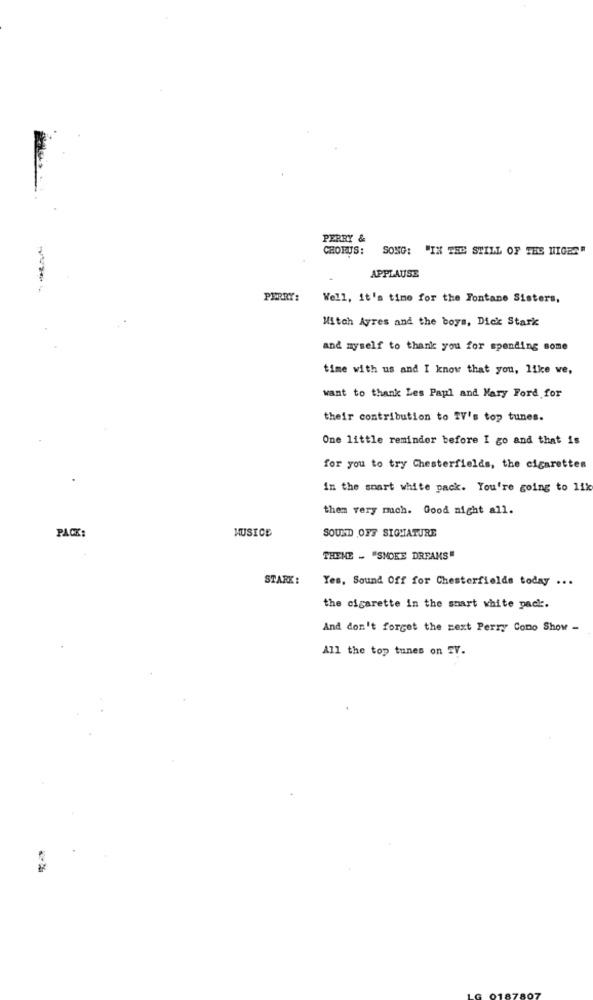
PERRY &
CHORUS: SONG: "IN THE STILL OF THE HIGES"
APPLAUSE
---
PERRY:
Well, it's time for the Fontane Sisters,
Mitch Ayres and the boys, Dick Stark
and myself to thank you for spending some
time with us and I know that you, like we,
want to thank Les Paul and Mary Ford for
their contribution to IV's top tunes.
One little reminder before I go and that is
for you to try Chesterfields, the cigarettes
In the smart white pack. You're going to 11k
them very much. Good night all.
PACK:
MUSICE
SOUND OFS SIGNATURE
THEME - "SMOKE DREAMS"
STARK :
Yes, Sound Off for Chesterfields today ...
the cigarette in the smart white pack.
And don't forget the next Perry Cono Show -
All the top tunes on TV.